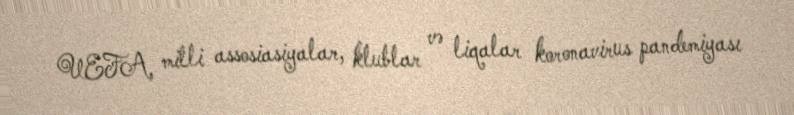
UEFA, milli assosiasiyalar, klublar və liqalar koronavirus pandemiyası